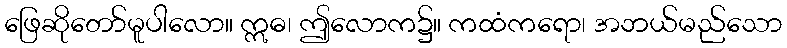
ဖြေဆိုတော်မူပါလော။ ဣဓ၊ ဤလောက၌။ ကထံကရော၊ အဘယ်မည်သော